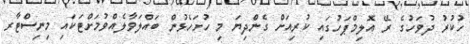
ހުކުރު ދުވަހުގެ ރޭ އޮލިމްޕަހުގައި ކުރިއަށް ގެންދިޔަ މި ހުށަހެޅުން ބައްލަވާލެއްވުމަށްޓަކައި މިނިސްޓާރ